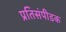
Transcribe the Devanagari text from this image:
प्रतिसंपीडक